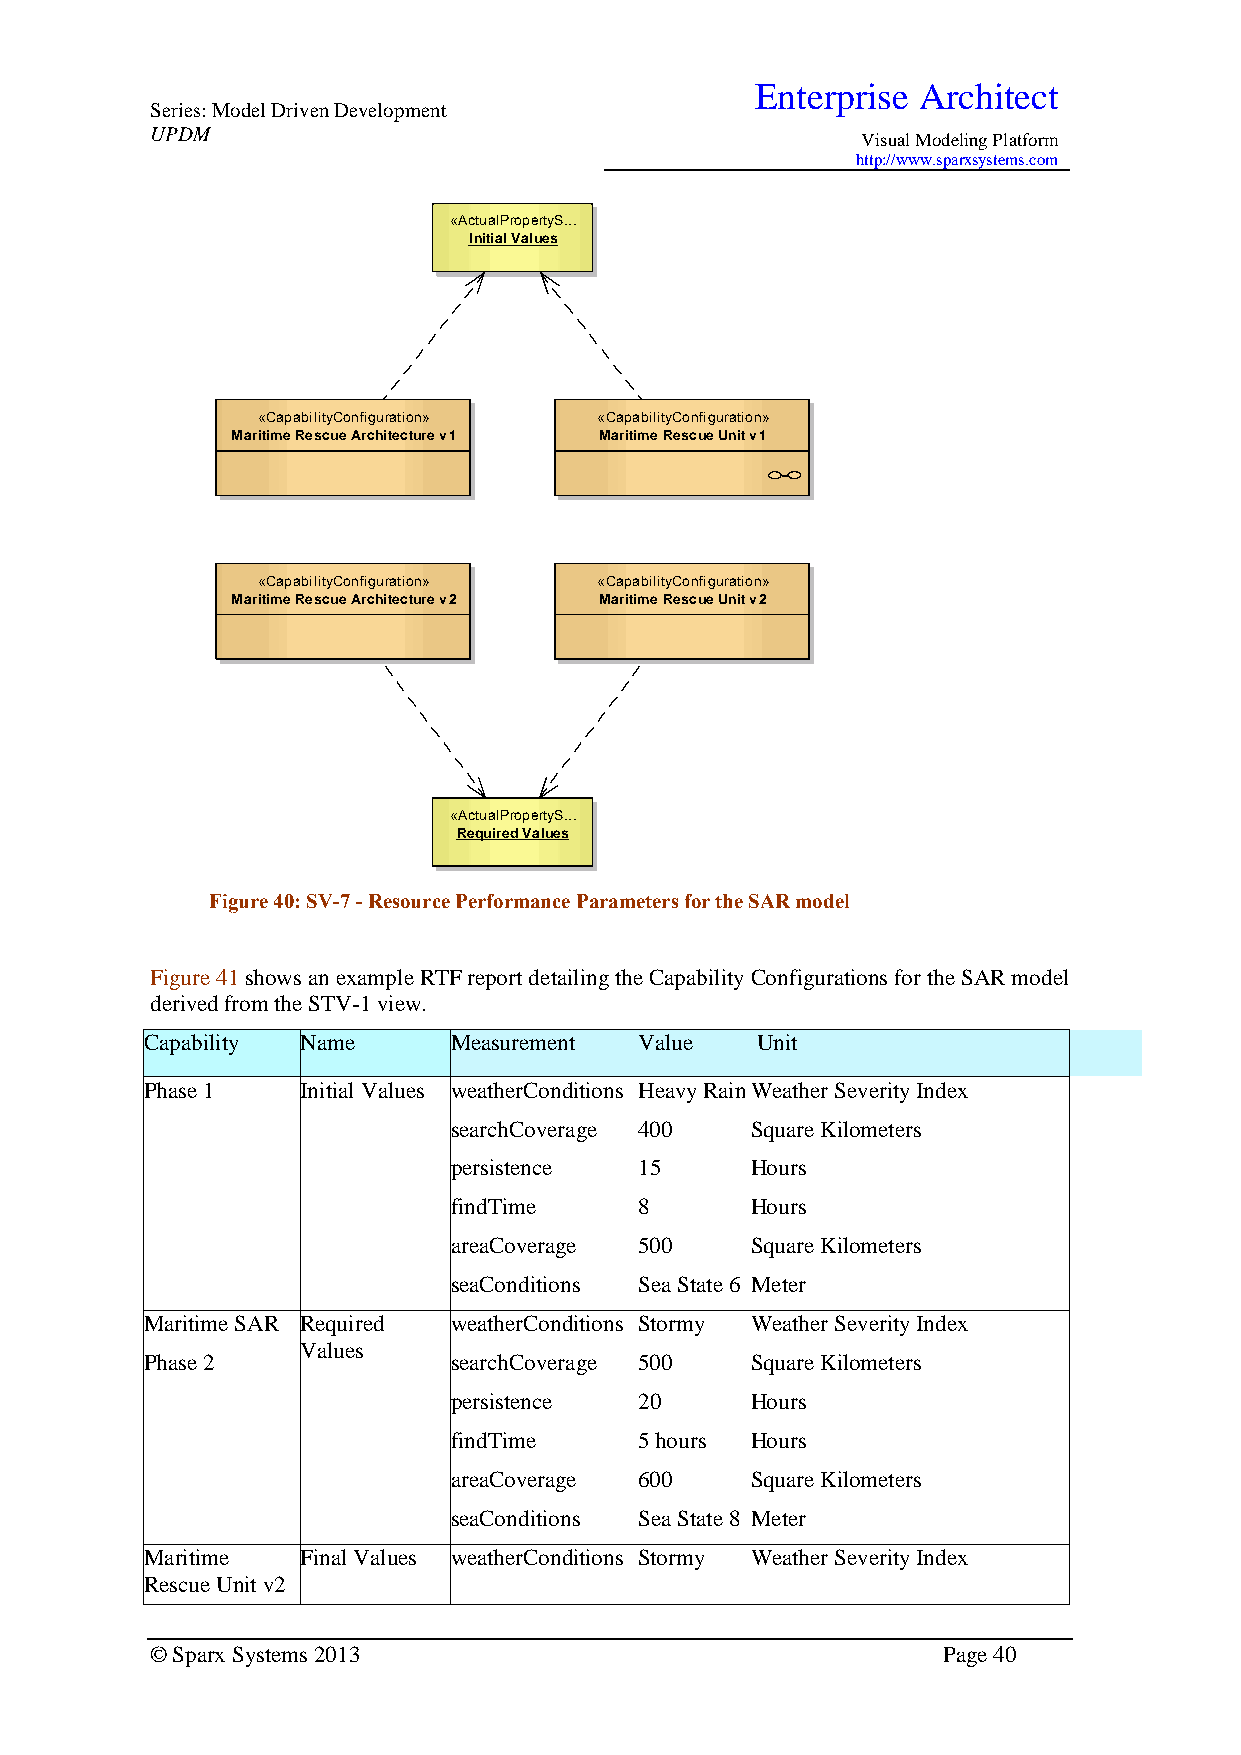
Enterprise Architect
 Series: Model Driven Development
 UPDM
 Visual Modeling Platform
 http://www.sparxsystems.com
 «ActualPropertyS...
 Initial Values
 «CapabilityConfiguration» «CapabilityConfiguration»
 Maritime Rescue Architecture v1 Maritime Rescue Unit v1
 «CapabilityConfiguration» «CapabilityConfiguration»
 Maritime Rescue Architecture v2 Maritime Rescue Unit v2
 «ActualPropertyS...
 Required Values
 Figure 40: SV-7 - Resource Performance Parameters for the SAR model
 Figure 41 shows an example RTF report detailing the Capability Configurations for the SAR model
 derived from the STV-1 view.
 Capability Name     Measurement Value   Unit
 Phase 1   Initial Values weathe rConditions Heavy Rain Weather Severity Index
 searchCoverage 400  Square Kilometers
 persistence 15      Hours
 findTime    8       Hours
 areaCoverage 500    Square Kilometers
 seaConditions Sea State 6 Meter
 Maritime SAR Required weathe rConditions Stormy Weather Severity Index
 Values
 Phase 2             searchCoverage 500  Square Kilometers
 persistence 20      Hours
 findTime    5 hours Hours
 areaCoverage 600    Square Kilometers
 seaConditions Sea State 8 Meter
 Maritime  Final Values weathe rConditions Stormy Weather Severity Index
 Rescue Unit v2
 © Sparx Systems 2013                                Page 40